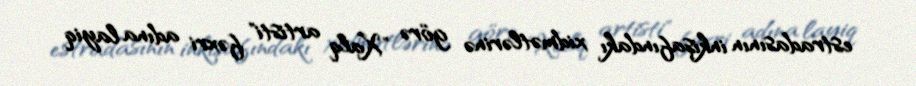
estradasının inkişafındakı xidmətlərinə görə "Xalq artisti" fəxri adına layiq